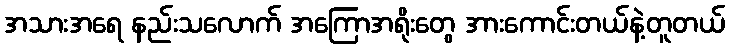
အသားအရေ နည်းသလောက် အကြောအရိုးတွေ အားကောင်းတယ်နဲ့တူတယ်